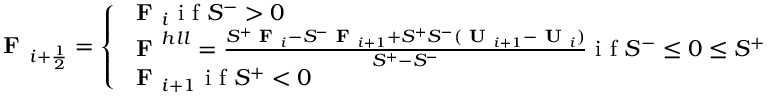
\textbf { F } _ { i + \frac { 1 } { 2 } } = \left\{ \begin{array} { l l } { \textbf { F } _ { i } \textrm { i f } S ^ { - } > 0 } \\ { \textbf { F } ^ { h l l } = \frac { S ^ { + } \textbf { F } _ { i } - S ^ { - } \textbf { F } _ { i + 1 } + S ^ { + } S ^ { - } ( \textbf { U } _ { i + 1 } - \textbf { U } _ { i } ) } { S ^ { + } - S ^ { - } } \textrm { i f } S ^ { - } \leq 0 \leq S ^ { + } } \\ { \textbf { F } _ { i + 1 } \textrm { i f } S ^ { + } < 0 } \end{array} \right.